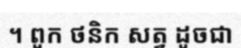
។ ពួក ថនិក សត្វ ដូចជា